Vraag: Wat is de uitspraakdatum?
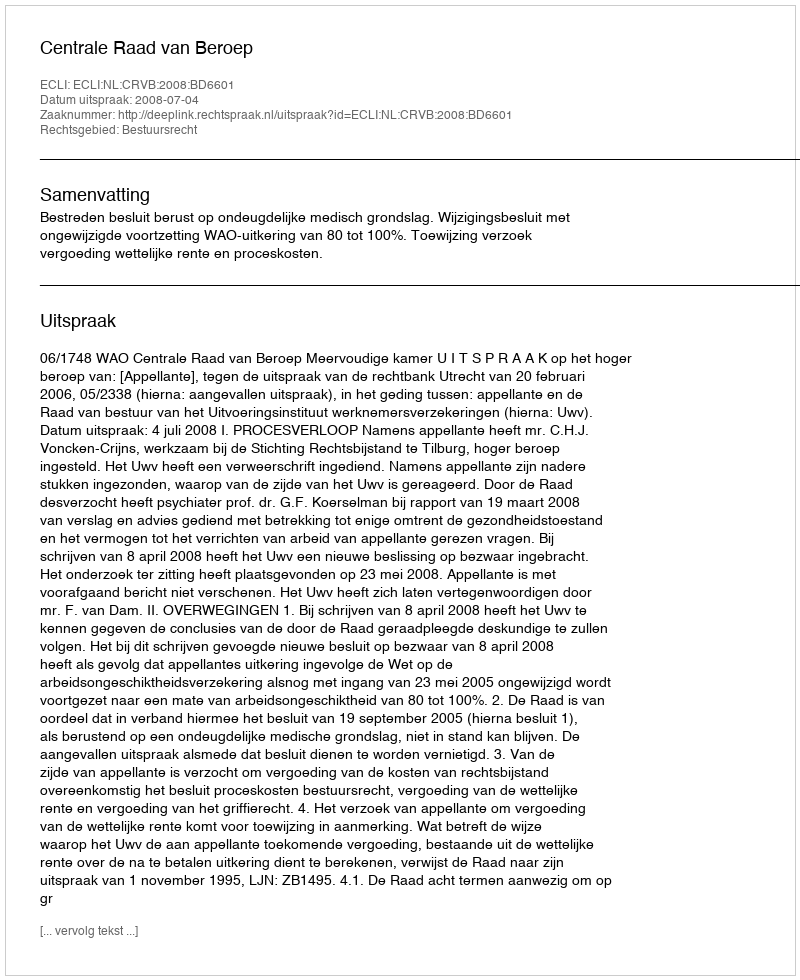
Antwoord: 2008-07-04